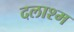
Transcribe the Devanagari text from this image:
दलाश्म